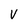
Character: V